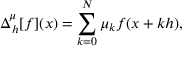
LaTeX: \Delta _ { h } ^ { \mu } [ f ] ( x ) = \sum _ { k = 0 } ^ { N } \mu _ { k } f ( x + k h ) ,